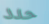
حدد